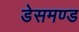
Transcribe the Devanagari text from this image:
डेसमण्ड